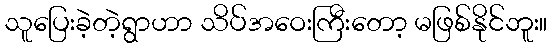
သူပြေးခဲ့တဲ့ရွာဟာ သိပ်အဝေးကြီးတော့ မဖြစ်နိုင်ဘူး။